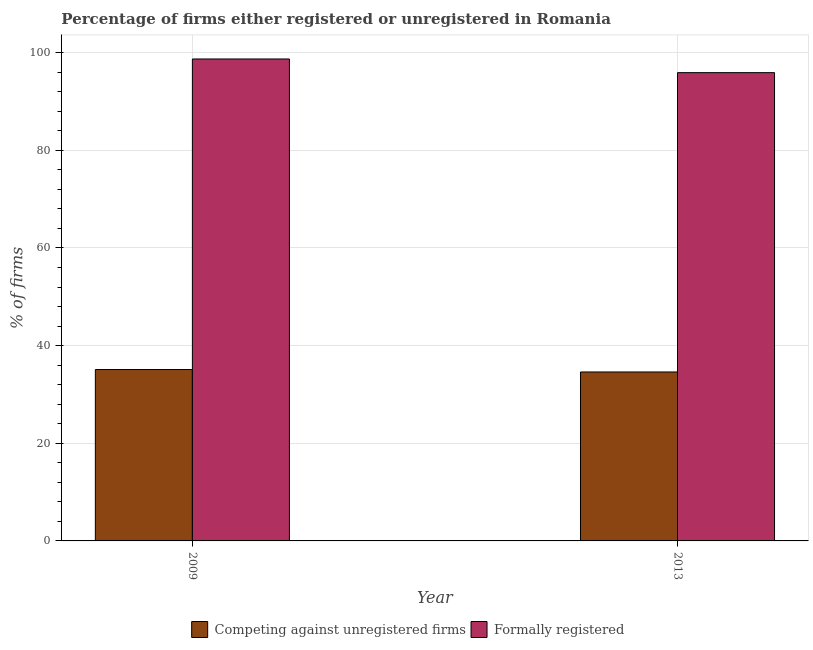
| Year | Competing against unregistered firms | Formally registered |
 | --- | --- | --- |
 | 2009 | 35.1 | 98.7 |
 | 2013 | 34.6 | 95.9 |